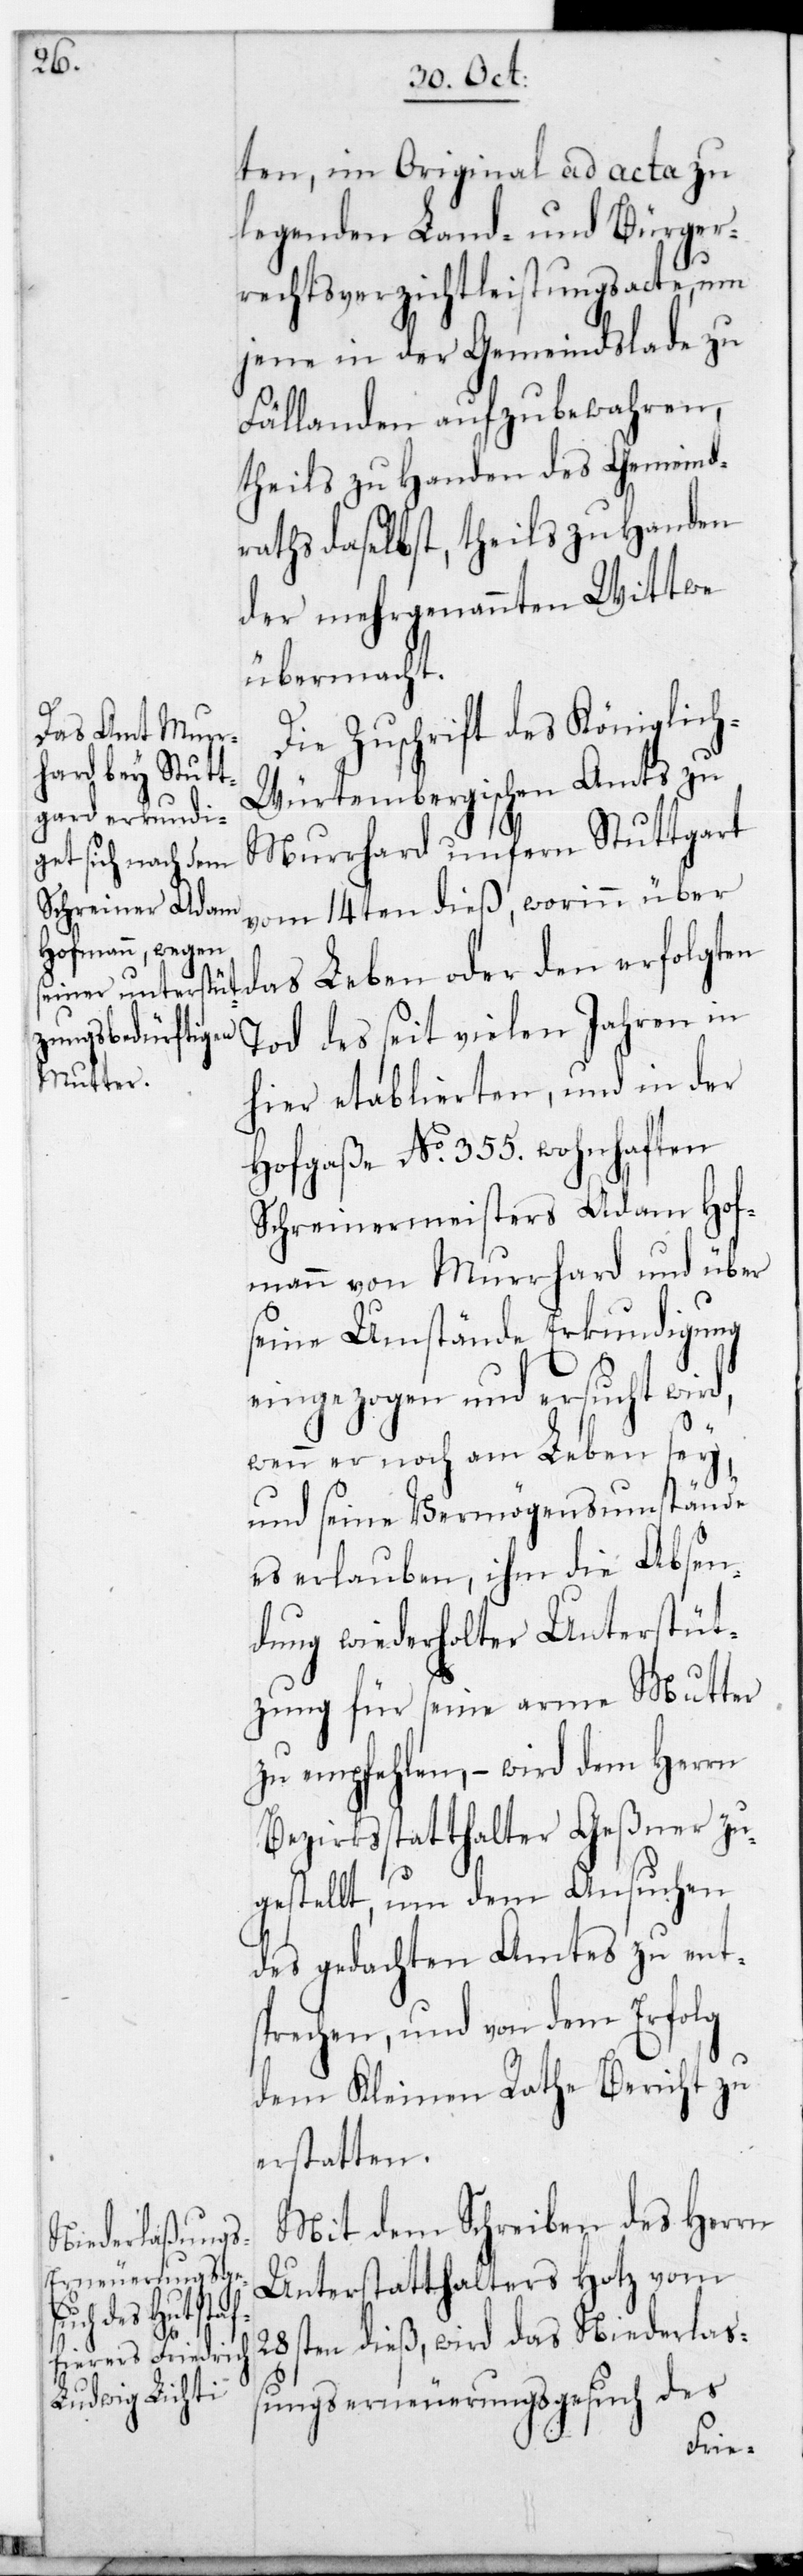
ten, im Original ad acta zu
legenden Land- und Bürger¬
rechts-Verzichtleistungsacte, um
jene in der Gemeindslade zu
Fällanden aufzubewahren,
theils zu Handen des Gemeind¬
raths daselbst, theils zu Handen
der mehrgenannten Wittwe
übermacht.
Die Zuschrift des Königlic¬
h-Würtembergischen Amts zu
Murrhard unfern Stuttgart
vom 14ten dieß, worinn über
das Leben oder den erfolgten
Tod des seit vielen Jahren in
hier etablierten, und in der
Hofgaße No 355. wohnhaften
Schreinermeisters Adam Hof¬
mann von Murrhard und über
seine Umstände Erkundigung
eingezogen und ersucht wird,
wenn er noch am Leben sey,
und seine Vermögensumstände
es erlauben, ihm die Absen¬
dung wiederholter Unterstüt¬
zung für seine arme Mutter
zu empfehlen, – wird dem Herrn
Bezirksstatthalter Geßner zu¬
gestellt, um dem Ansuchen
des gedachten Amtes zu ent¬
sprechen, und von dem Erfolg
dem Kleinen Rathe Bericht zu
erstatten.
Mit dem Schreiben des Herrn
Unterstatthalters Hotz vom
28sten dieß, wird das Niederlaß¬
ungserneuerungsgesuch des